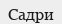
Садри